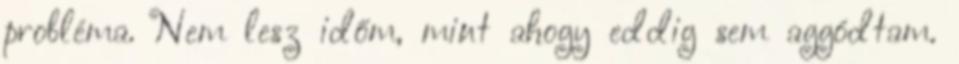
probléma. Nem lesz időm, mint ahogy eddig sem aggódtam.